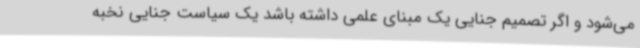
می‌شود و اگر تصمیم جنایی یک مبنای علمی داشته باشد یک سیاست جنایی نخبه